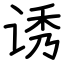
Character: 诱